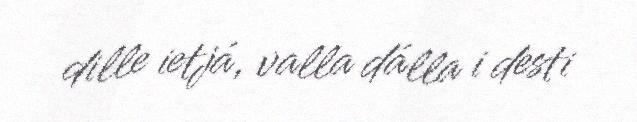
dille ietjá, valla dálla i desti